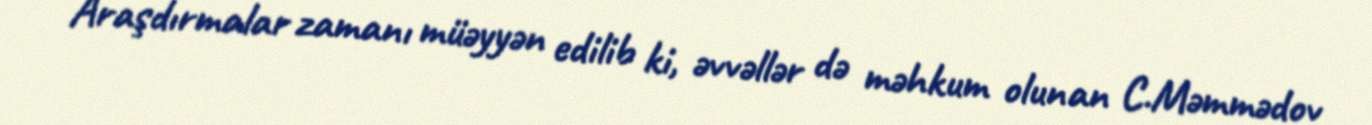
Araşdırmalar zamanı müəyyən edilib ki, əvvəllər də məhkum olunan C.Məmmədov